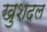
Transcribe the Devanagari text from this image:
खुशदल